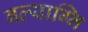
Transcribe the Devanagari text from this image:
बल्याग्नि